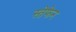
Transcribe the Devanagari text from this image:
स्तेफेन